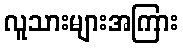
လူသားများအကြား